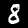
Digit: 8